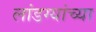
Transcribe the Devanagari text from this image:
लांडग्यांच्या